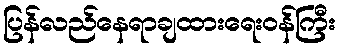
ပြန်လည်နေရာချထားရေးဝန်ကြီး